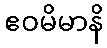
ဧဝမိမာနိ